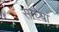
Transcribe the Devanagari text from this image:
साध्यां